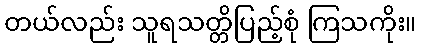
တယ်လည်း သူရသတ္တိပြည့်စုံ ကြသကိုး။